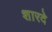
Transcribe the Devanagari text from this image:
शारदे